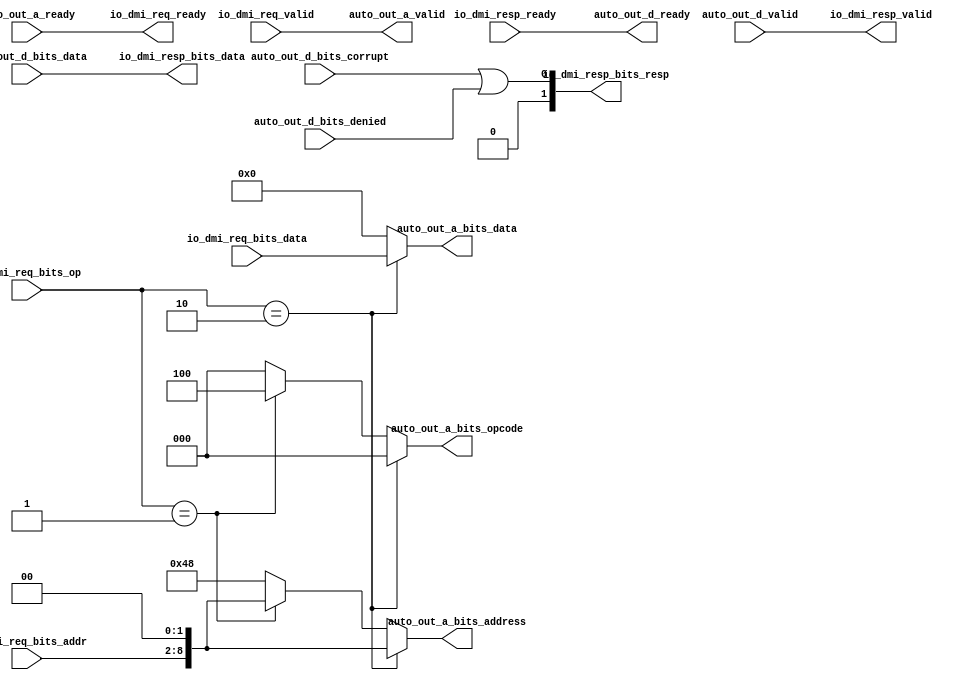
module DMIToTL(
  input         auto_out_a_ready,
  output        auto_out_a_valid,
  output [2:0]  auto_out_a_bits_opcode,
  output [8:0]  auto_out_a_bits_address,
  output [31:0] auto_out_a_bits_data,
  output        auto_out_d_ready,
  input         auto_out_d_valid,
  input         auto_out_d_bits_denied,
  input  [31:0] auto_out_d_bits_data,
  input         auto_out_d_bits_corrupt,
  output        io_dmi_req_ready,
  input         io_dmi_req_valid,
  input  [6:0]  io_dmi_req_bits_addr,
  input  [31:0] io_dmi_req_bits_data,
  input  [1:0]  io_dmi_req_bits_op,
  input         io_dmi_resp_ready,
  output        io_dmi_resp_valid,
  output [31:0] io_dmi_resp_bits_data,
  output [1:0]  io_dmi_resp_bits_resp
);
  wire [8:0] addr = {io_dmi_req_bits_addr, 2'h0}; // @[DMI.scala 96:46]
  wire  _T = io_dmi_req_bits_op == 2'h2; // @[DMI.scala 110:30]
  wire  _T_1 = io_dmi_req_bits_op == 2'h1; // @[DMI.scala 111:37]
  wire [8:0] _GEN_3 = _T_1 ? addr : 9'h48; // @[DMI.scala 111:64 DMI.scala 111:76 DMI.scala 112:76]
  wire [2:0] _GEN_7 = _T_1 ? 3'h4 : 3'h0; // @[DMI.scala 111:64 DMI.scala 111:76 DMI.scala 112:76]
  wire  _io_dmi_resp_bits_resp_T = auto_out_d_bits_corrupt | auto_out_d_bits_denied; // @[DMI.scala 120:53]
  assign auto_out_a_valid = io_dmi_req_valid; // @[Nodes.scala 1213:84 DMI.scala 115:22]
  assign auto_out_a_bits_opcode = _T ? 3'h0 : _GEN_7; // @[DMI.scala 110:64 DMI.scala 110:76]
  assign auto_out_a_bits_address = _T ? addr : _GEN_3; // @[DMI.scala 110:64 DMI.scala 110:76]
  assign auto_out_a_bits_data = _T ? io_dmi_req_bits_data : 32'h0; // @[DMI.scala 110:64 DMI.scala 110:76]
  assign auto_out_d_ready = io_dmi_resp_ready; // @[Nodes.scala 1213:84 DMI.scala 119:28]
  assign io_dmi_req_ready = auto_out_a_ready; // @[Nodes.scala 1213:84 LazyModule.scala 314:12]
  assign io_dmi_resp_valid = auto_out_d_valid; // @[Nodes.scala 1213:84 LazyModule.scala 314:12]
  assign io_dmi_resp_bits_data = auto_out_d_bits_data; // @[Nodes.scala 1213:84 LazyModule.scala 314:12]
  assign io_dmi_resp_bits_resp = {{1'd0}, _io_dmi_resp_bits_resp_T}; // @[DMI.scala 120:53]
endmodule